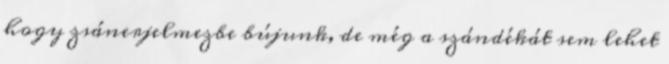
hogy zsánerjelmezbe bújunk, de még a szándékát sem lehet